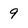
Character: 9